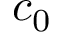
c _ { 0 }